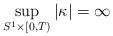
LaTeX: \begin{align*}\sup_{S^{1}\times[0,T)}|\kappa| = \infty\end{align*}